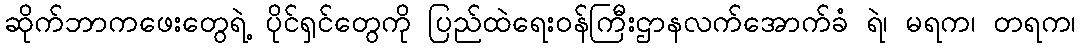
ဆိုက်ဘာကဖေးတွေရဲ့ ပိုင်ရှင်တွေကို ပြည်ထဲရေးဝန်ကြီးဌာနလက်အောက်ခံ ရဲ၊ မရက၊ တရက၊